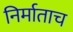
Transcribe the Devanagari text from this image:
निर्माताच